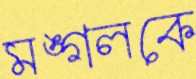
মঙ্গলকে